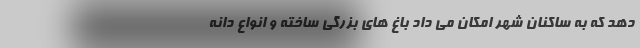
دهد که به ساکنان شهر امکان می داد باغ های بزرگی ساخته و انواع دانه